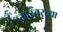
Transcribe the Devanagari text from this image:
मास्तरच्या